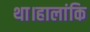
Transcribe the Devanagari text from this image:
था।हालांकि